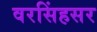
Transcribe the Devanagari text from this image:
वरसिंहसर